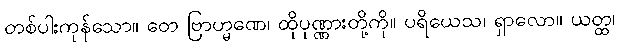
တစ်ပါးကုန်သော။ တေ ဗြာဟ္မဏေ၊ ထိုပုဏ္ဏားတို့ကို။ ပရိယေသ၊ ရှာလော။ ယတ္ထ၊